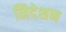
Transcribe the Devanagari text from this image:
निदेशन